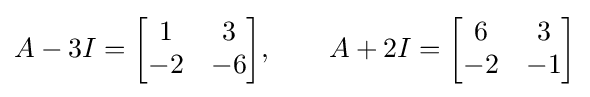
A-3I={\begin{bmatrix}1&3\\-2&-6\end{bmatrix}},\qquad A+2I={\begin{bmatrix}6&3\\-2&-1\end{bmatrix}}